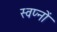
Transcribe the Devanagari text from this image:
स्वप्‍नों